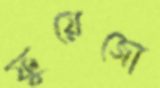
ফুয়েজো